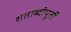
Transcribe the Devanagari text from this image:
शताब्दीपूर्ती